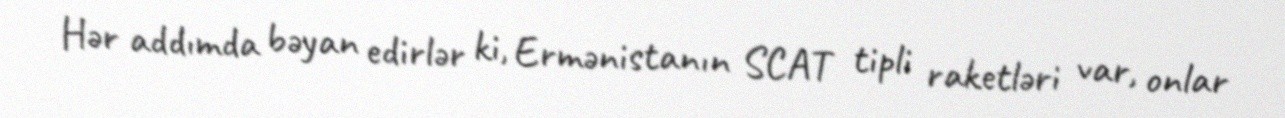
Hər addımda bəyan edirlər ki, Ermənistanın SCAT tipli raketləri var, onlar